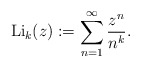
\begin{gather*}\operatorname{Li}_k(z):= \sum_{n=1}^{\infty} {z^n \over n^k}.\end{gather*}